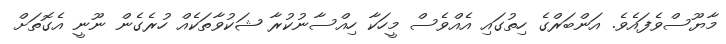
މާޔޫސްވެފައެވެ. އަންބަރްގެ ހިތުގައި އެއްވެސް މީހަކާ ހިއްސާނުކުރާ ޝަކުވާތަކެއް ހުރެގެން ނޫނީ އެގޮތަށް